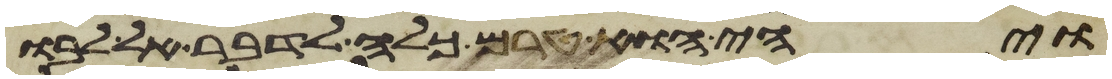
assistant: ויהי הוא טרם כלה לדבר אל לבו